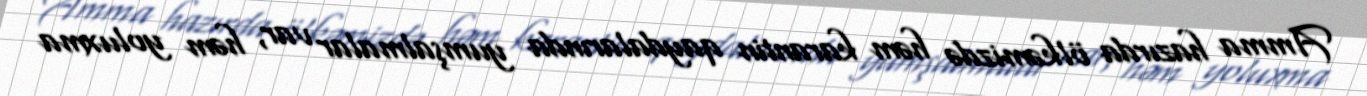
Amma hazırda ölkəmizdə həm karantin qaydalarında yumşalmalar var, həm yoluxma